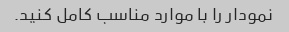
نمودار را با موارد مناسب کامل کنید.